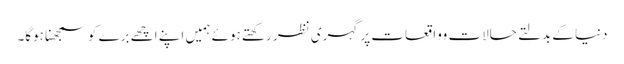
دنیا کے بدلتے حالات وواقعات پر گہری نظر رکھتے ہوئے ہمیں اپنے اچھے برے کو سمجھنا ہوگا۔